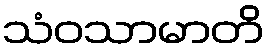
သံဝသာမာတိ